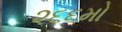
૨૬૬મો